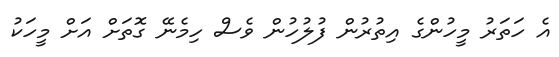
އެ ހަތަރު މީހުންގެ އިތުރުން ފުލުހުން ވެސް ހިމެނޭ ގޮތަށް އަށް މީހަކު